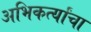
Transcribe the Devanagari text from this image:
अभिकर्त्यांचा